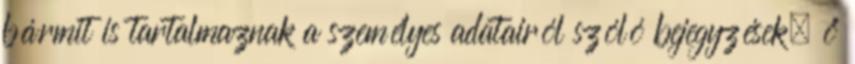
bármit is tartalmaznak a személyes adatairól szóló bejegyzések, ő